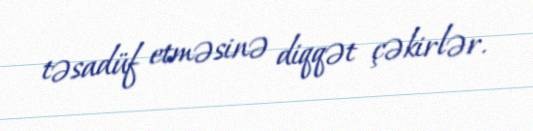
təsadüf etməsinə diqqət çəkirlər.